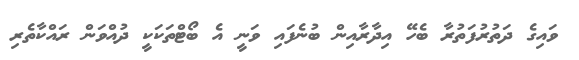
ވައިގެ ދަތުރުފަތުރާ ބެހޭ އިދާރާއިން ބުނެފައި ވަނީ އެ ބޯޓްތަކަކީ ދުއްވަން ރައްކާތެރި